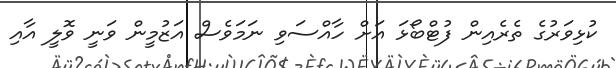
ކުޅިވަރުގެ ތެރެއިން ފުޓްބޯޅަ އަށް ހާއްސަވި ނަމަވެސް އަޒުމީން ވަނީ ވޮލީ އާއި